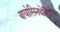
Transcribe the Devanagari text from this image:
बायोसिनथेसिस